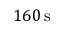
1 6 0 \, \mathrm { s }